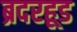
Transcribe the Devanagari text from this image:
ब्रदरहूड